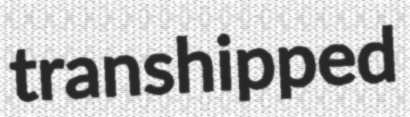
transhipped